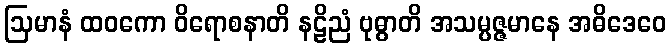
ဩမာနံ ထဝကော ဝိရောစနာတိ နဠိညံ ဗုဓွာတိ အသမ္ပဇ္ဇမာနေ အဓိဒေဝေ